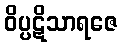
ဝိပ္ပဋိသာရဇေ